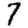
Digit: 7